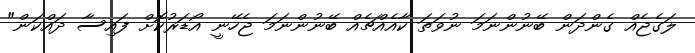
ލަގެޖެއް ގެންދަން ބޭނުންނަމަ ނުވަތަ ކާއެއްޗެއް ބޭނުންނަމަ ޖެހޭނީ އޯޑަރުކޮށް ފައިސާ ދައްކަން"